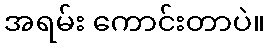
အရမ်း ကောင်းတာပဲ။